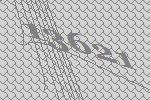
13621